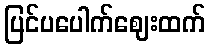
ပြင်ပပေါက်ဈေးထက်